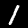
Digit: 1